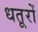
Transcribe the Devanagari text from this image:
धतूरों